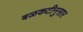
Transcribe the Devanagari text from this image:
बळकटीनुसार